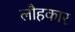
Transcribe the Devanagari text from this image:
लौहकार